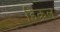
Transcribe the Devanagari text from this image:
हिकल